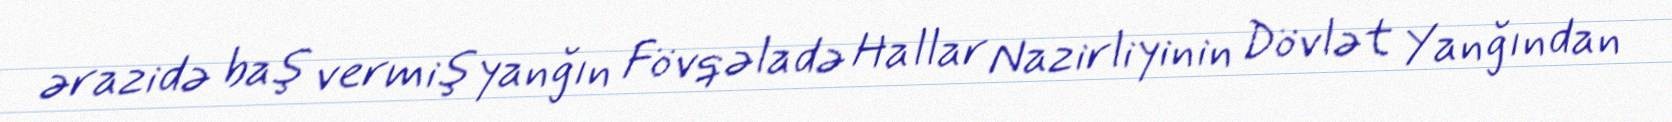
ərazidə baş vermiş yanğın Fövqəladə Hallar Nazirliyinin Dövlət Yanğından